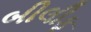
બીલીફ